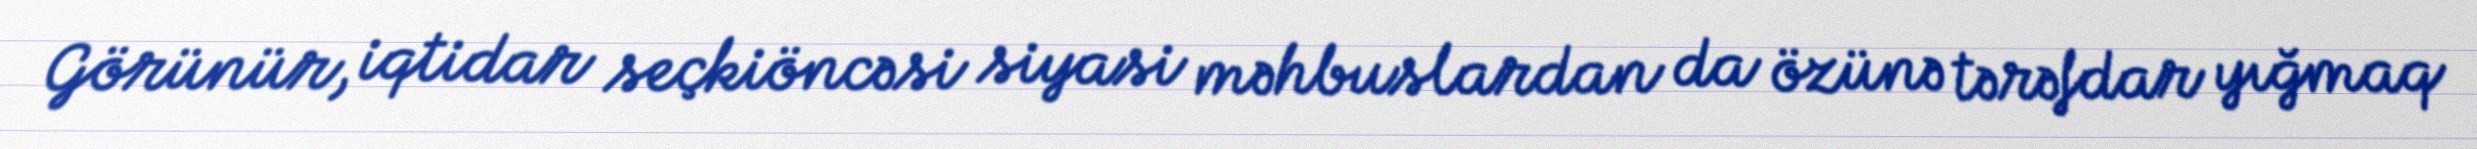
Görünür, iqtidar seçkiöncəsi siyasi məhbuslardan da özünə tərəfdar yığmaq